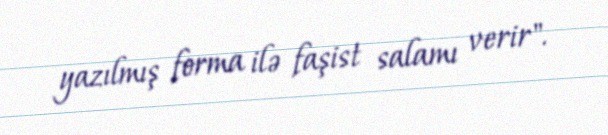
yazılmış forma ilə faşist salamı verir".